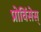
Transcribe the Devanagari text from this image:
प्रोविंसेस्